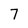
Character: 7